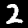
Digit: 2